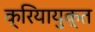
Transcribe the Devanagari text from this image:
क्रियायुक्त